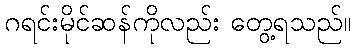
ဂရင်းမိုင်ဆန်ကိုလည်း တွေ့ရသည်။